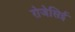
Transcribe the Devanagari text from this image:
रोजेसिई